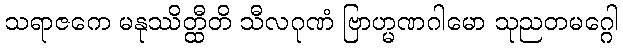
သရာဇကေ မနုဿိတ္ထီတိ သီလဂုဏံ ဗြာဟ္မဏဂါမော သုညတမဂ္ဂေါ